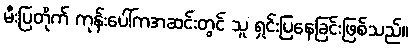
မီးပြတိုက် ကုန်းပေါ်ကအဆင်းတွင် သူ ရှင်းပြနေခြင်းဖြစ်သည်။